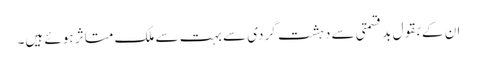
ان کے بقول بد قسمتی سے دہشت گردی سے بہت سے ملک متاثر ہوئے ہیں۔